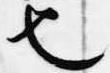
也